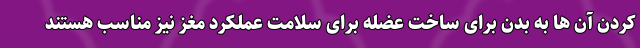
کردن آن ها به بدن برای ساخت عضله برای سلامت عملکرد مغز نیز مناسب هستند